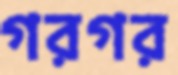
গরগর